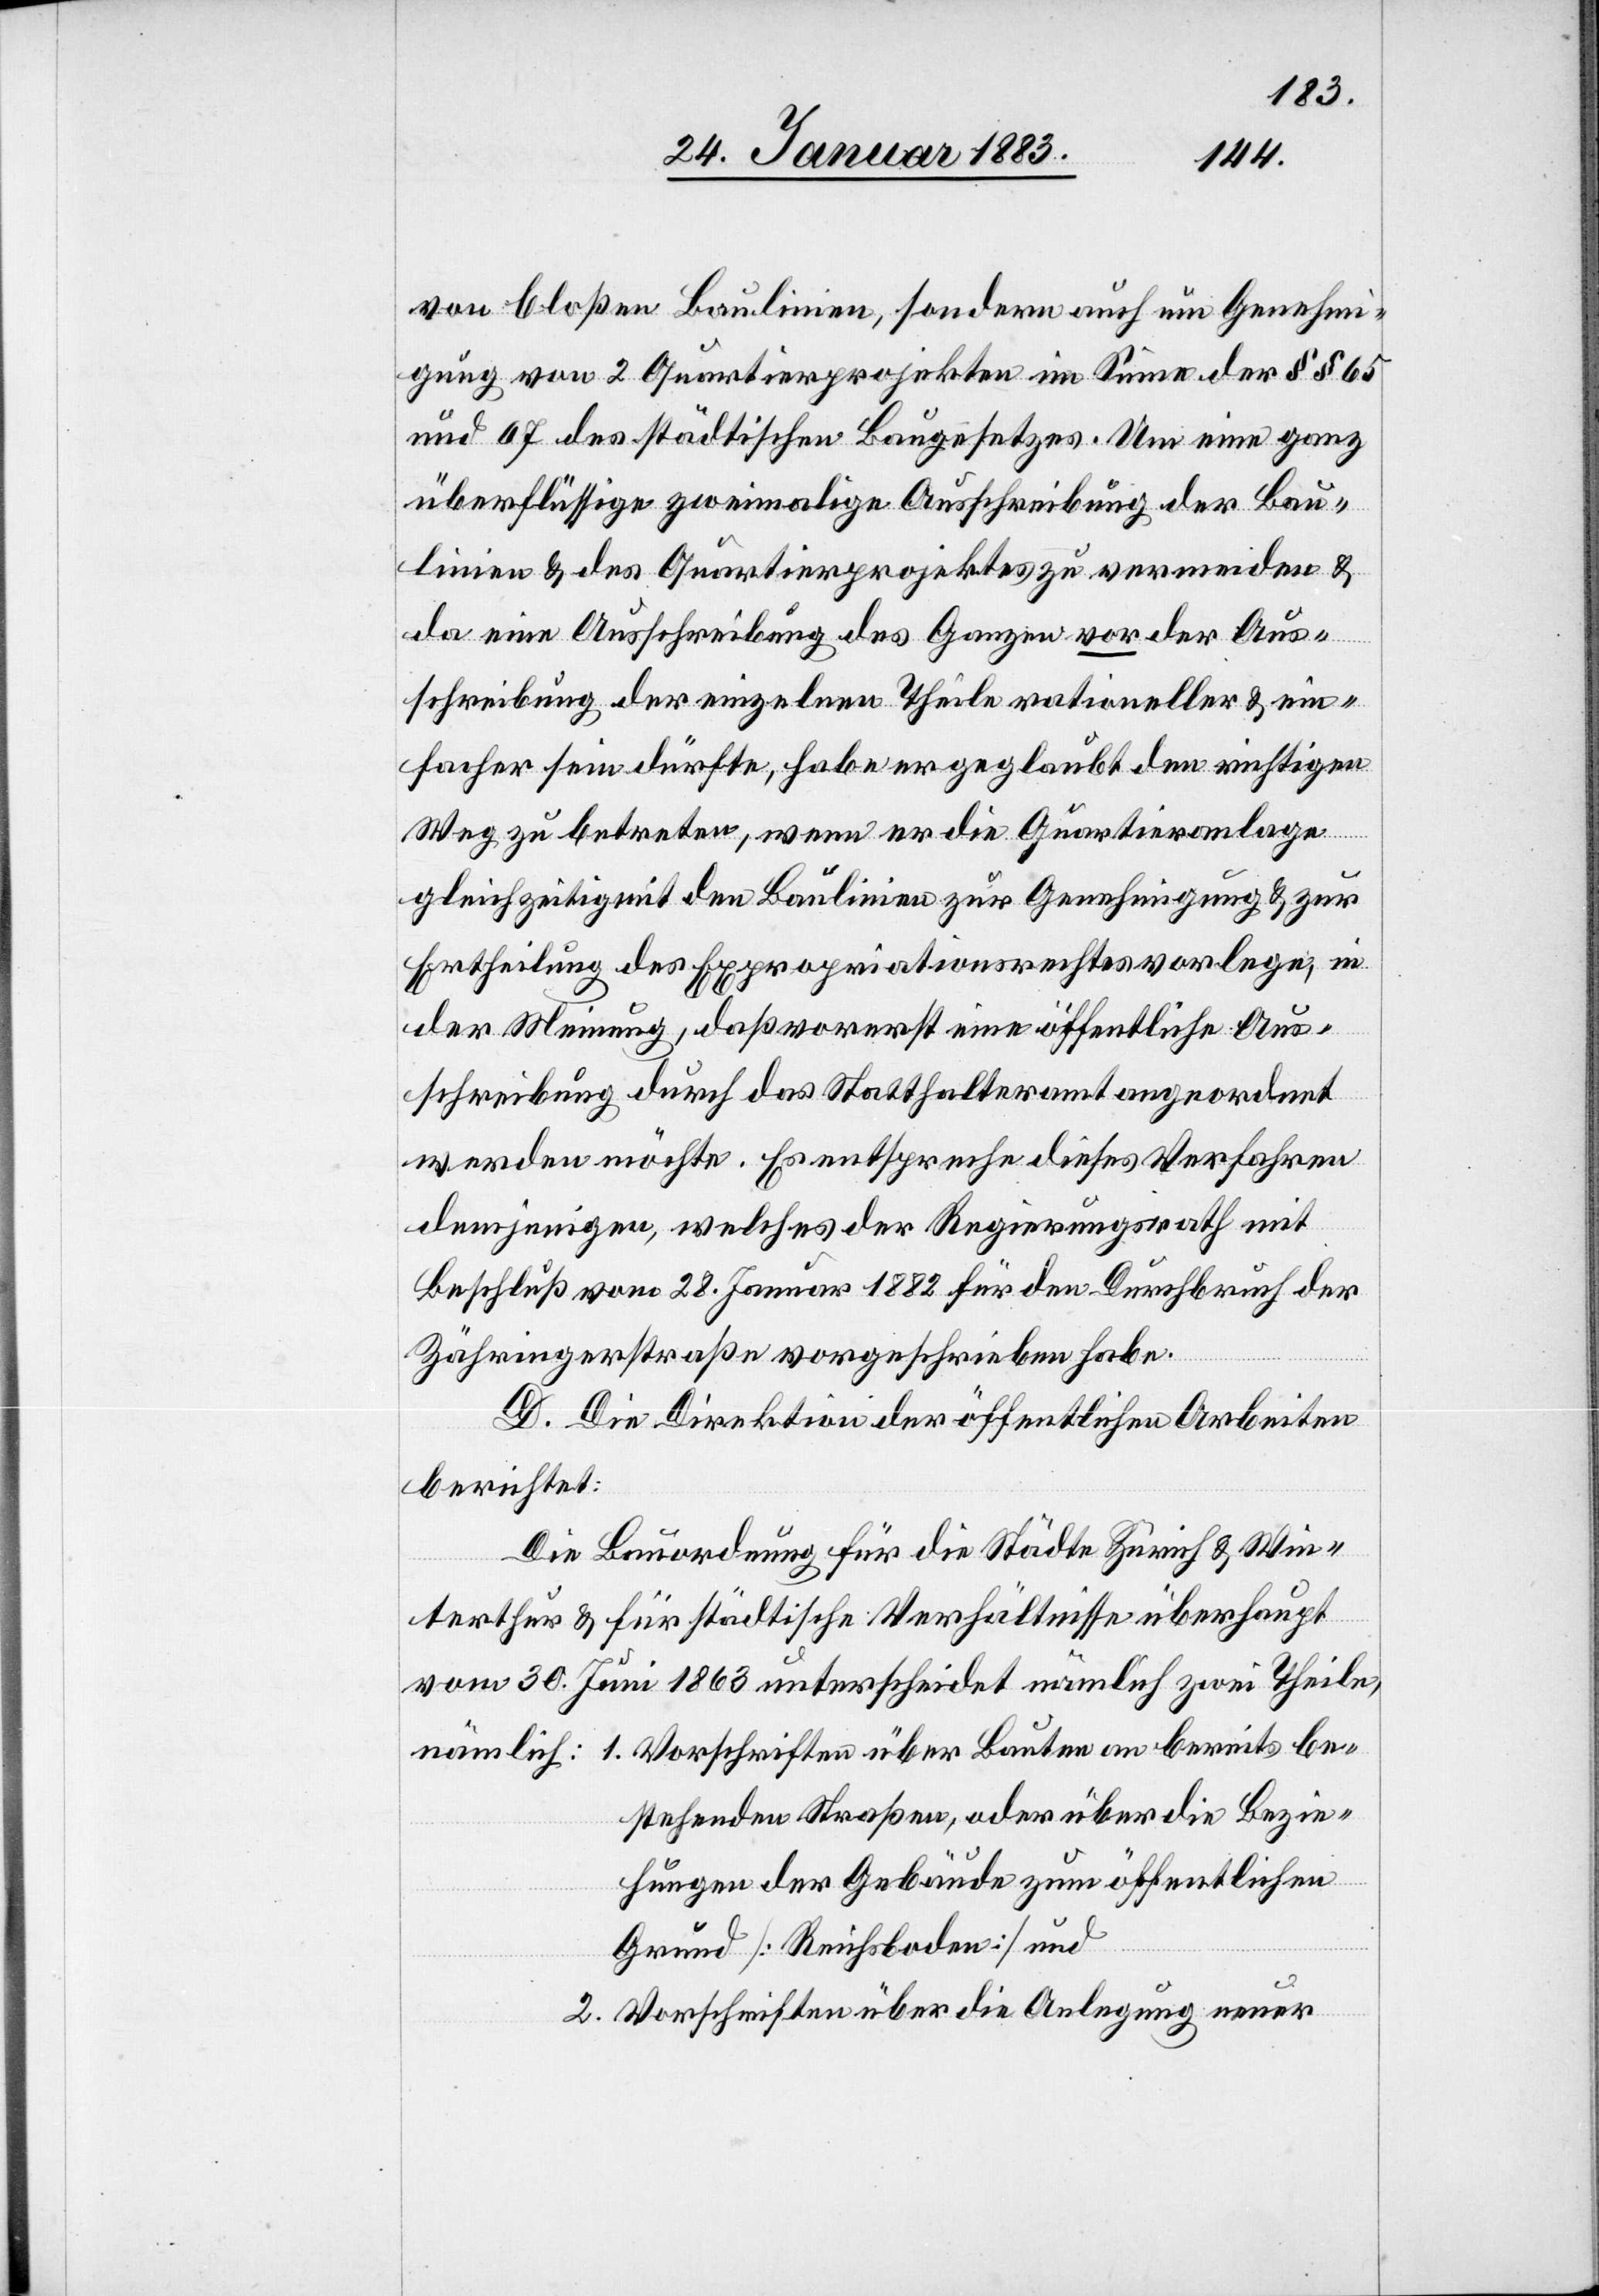
von bloßen Baulinien, sondern auch um Genehmi¬
gung von 2 Quartierprojekten im Sinne der §§ 65
und 67 des städtischen Baugesetzes. Um eine ganz
überflüssige zweimalige Ausschreibung der Bau¬
linien & des Quartierprojektes zu vermeiden &
da eine Ausschreibung des Ganzen vor der Aus¬
schreibung der einzelnen Theile rationeller & ein¬
facher sein dürfte, habe er geglaubt den richtigen
Weg zu betreten, wenn er die Quartieranlage
gleichzeitig mit den Baulinien zur Genehmigung & zur
Ertheilung des Expropriationsrechtes vorlege, in
der Meinung, daß vorerst eine öffentliche Aus¬
schreibung durch das Statthalteramt angeordnet
werden möchte. Es entspreche dieses Verfahren
demjenigen, welches der Regierungsrath mit
Beschluß vom 22. Januar 1882 für den Durchbruch der
Zähringerstraße vorgeschrieben habe.
D. Die Direktion der öffentlichen Arbeiten
berichtet:
Die Bauordnung für die Städte Zürich & Win¬
terthur & für städtische Verhältnisse überhaupt
vom 30. Juni 1863 unterscheidet nämlich zwei Theile,
bestehenden Straßen, oder über die Bezie¬
hungen der Gebäude zum öffentlichen
Grund [Reichsboden] und
2. Vorschriften über die Anlegung neuer